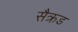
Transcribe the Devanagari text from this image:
सैक्रड